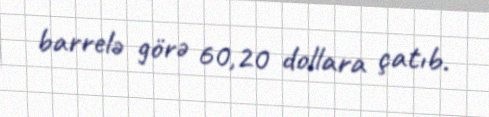
barrelə görə 60,20 dollara çatıb.